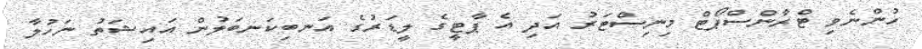
ހުންނެވި ޓްރާންސްޕޯޓް މިނިސްޓަރު އަދި އެ ޕާޓީގެ ލީޑަރުގެ އަނބިކަނބަލުން އައިޝަތު ނަހުލާ